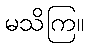
မသိကြ။